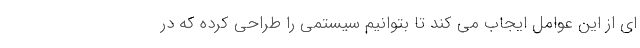
ای از این عوامل ایجاب می کند تا بتوانیم سیستمی را طراحی کرده که در